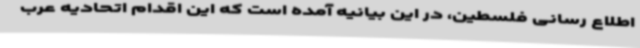
اطلاع رسانی فلسطین، در این بیانیه آمده است که این اقدام اتحادیه عرب